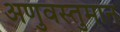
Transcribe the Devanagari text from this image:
अणुवस्तुमान